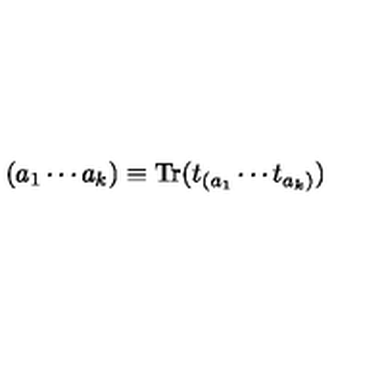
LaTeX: ( a _ { 1 } \cdots a _ { k } ) \equiv \mathrm { T r } ( t _ { ( a _ { 1 } } \cdots t _ { a _ { k } ) } )